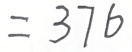
= 3 7 6